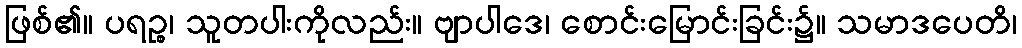
ဖြစ်၏။ ပရဉ္စ၊ သူတပါးကိုလည်း။ ဗျာပါဒေ၊ စောင်းမြောင်းခြင်း၌။ သမာဒပေတိ၊